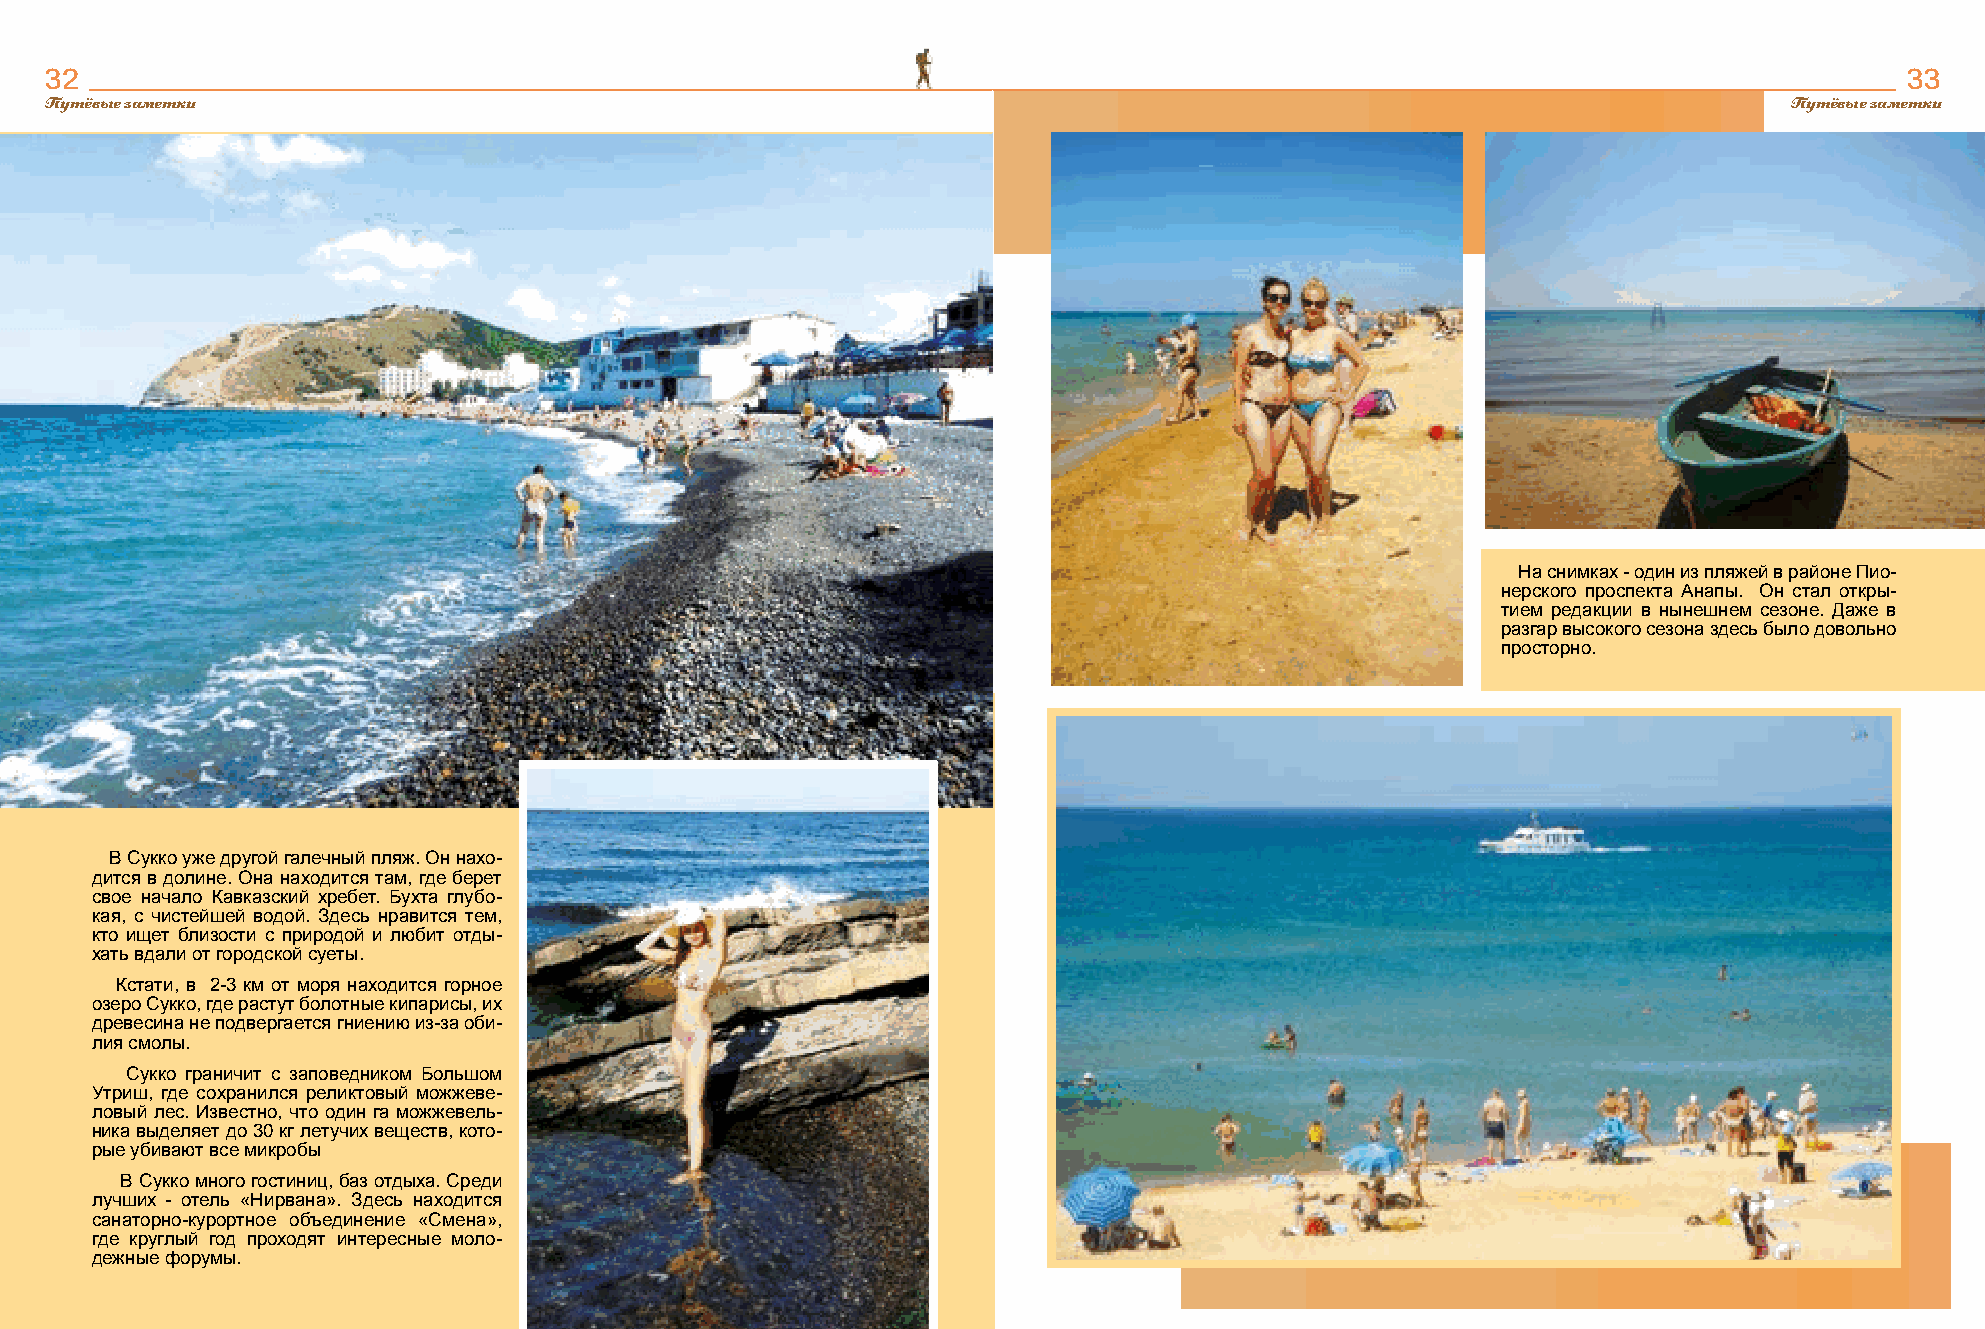
32                                                                                                                         33
 Путёвые заметки                                                                                                    Путёвые заметки
 На снимках - один из пляжей в районе Пио-
 нерского проспекта Анапы. Он стал откры-
 тием редакции в нынешнем сезоне. Даже в
 разгар высокого сезона здесь было довольно
 просторно.
 В Сукко уже другой галечный пляж. Он нахо-
 дится в долине. Она находится там, где берет
 свое начало Кавказский хребет. Бухта глубо-
 кая, с чистейшей водой. Здесь нравится тем,
 кто ищет близости с природой и любит отды-
 хать вдали от городской суеты.
 Кстати, в 2-3 км от моря находится горное
 озеро Сукко, где растут болотные кипарисы, их
 древесина не подвергается гниению из-за оби-
 лия смолы.
 Сукко граничит с заповедником Большом
 Утриш, где сохранился реликтовый можжеве-
 ловый лес. Известно, что один га можжевель-
 ника выделяет до 30 кг летучих веществ, кото-
 рые убивают все микробы
 В Сукко много гостиниц, баз отдыха. Среди
 лучших - отель «Нирвана». Здесь находится
 санаторно-курортное объединение «Смена»,
 где круглый год проходят интересные моло-
 дежные форумы.